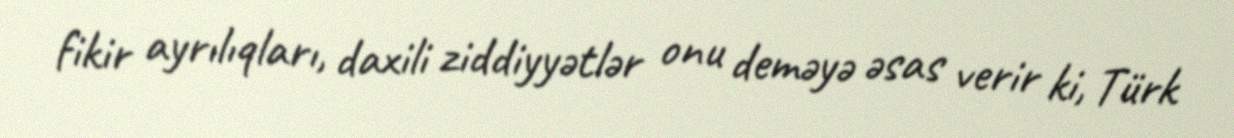
fikir ayrılıqları, daxili ziddiyyətlər onu deməyə əsas verir ki, Türk